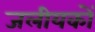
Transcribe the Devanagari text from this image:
जलीयकों